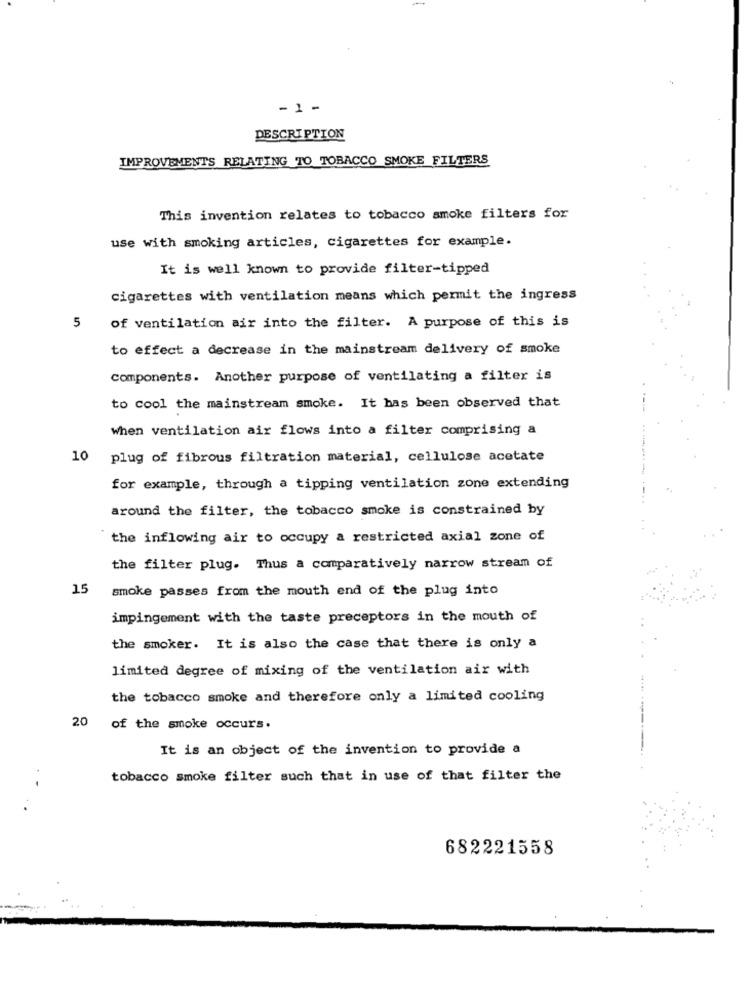
- 1 -
DESCRIPTION
IMPROVEMENTS RELATING TO TOBACCO SMOKE FILTERS
This invention relates to tobacco smoke filters for
use with smoking articles, cigarettes for example.
It is well known to provide filter-tipped
cigarettes with ventilation means which permit the ingress
5
of ventilation air into the filter. A purpose of this is
to effect a decrease in the mainstream delivery of smoke
Components. Another purpose of ventilating a filter is
to cool the mainstream smoke. It has been observed that
when ventilation air flows into a filter comprising a
10 plug of fibrous filtration material, cellulose acetate
for example, through a tipping ventilation zone extending
around the filter, the tobacco smoke is constrained by
the inflowing air to occupy a restricted axial zone of
the filter plug. Thus a comparatively narrow stream of
15
smoke passes from the mouth end of the plug into
impingement with the taste preceptors in the mouth of
the smoker. It is also the case that there is only a
limited degree of mixing of the ventilation air with
the tobacco smoke and therefore only a limited cooling
20
of the smoke occurs.
It is an object of the invention to provide a
tobacco smoke filter such that in use of that filter the
682221558